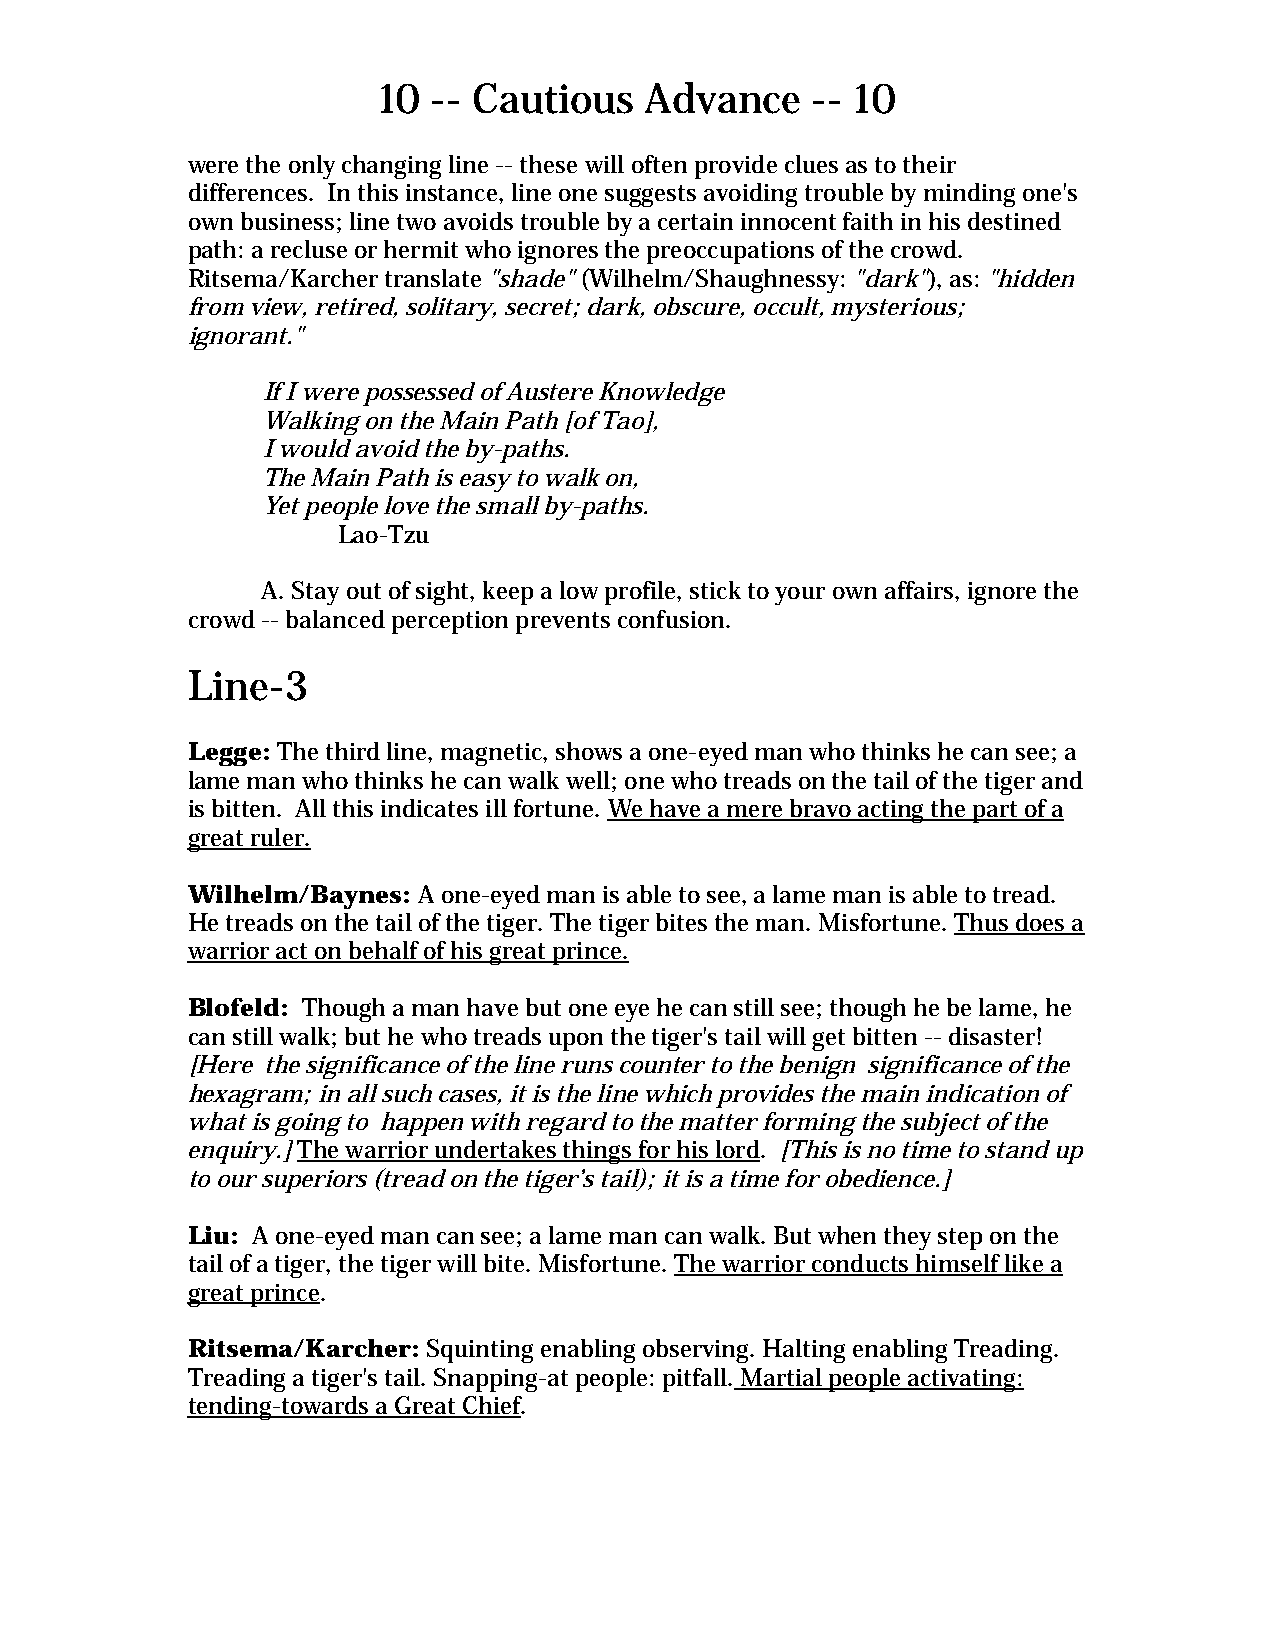
10  -- Cautious   Advance    -- 10
 were the only changing line -- these will often provide clues as to their
 differences. In this instance, line one suggests avoiding trouble by minding one's
 own business; line two avoids trouble by a certain innocent faith in his destined
 path: a recluse or hermit who ignores the preoccupations of the crowd.
 Ritsema/Karcher translate "shade" (Wilhelm/Shaughnessy: "dark"), as: "hidden
 from view, retired, solitary, secret; dark, obscure, occult, mysterious;
 ignorant."
 If I were possessed of Austere Knowledge
 Walking on the Main Path [of Tao],
 I would avoid the by-paths.
 The Main Path is easy to walk on,
 Yet people love the small by-paths.
 Lao-Tzu
 A. Stay out of sight, keep a low profile, stick to your own affairs, ignore the
 crowd -- balanced perception prevents confusion.
 Line-3
 Legge: The third line, magnetic, shows a one-eyed man who thinks he can see; a
 lame man who thinks he can walk well; one who treads on the tail of the tiger and
 is bitten. All this indicates ill fortune. We have a mere bravo acting the part of a
 great ruler.
 Wilhelm/Baynes: A one-eyed man is able to see, a lame man is able to tread.
 He treads on the tail of the tiger. The tiger bites the man. Misfortune. Thus does a
 warrior act on behalf of his great prince.
 Blofeld: Though a man have but one eye he can still see; though he be lame, he
 can still walk; but he who treads upon the tiger's tail will get bitten -- disaster!
 [Here the significance of the line runs counter to the benign significance of the
 hexagram; in all such cases, it is the line which provides the main indication of
 what is going to happen with regard to the matter forming the subject of the
 enquiry.] The warrior undertakes things for his lord. [This is no time to stand up
 to our superiors (tread on the tiger’s tail); it is a time for obedience.]
 Liu: A one-eyed man can see; a lame man can walk. But when they step on the
 tail of a tiger, the tiger will bite. Misfortune. The warrior conducts himself like a
 great prince.
 Ritsema/Karcher: Squinting enabling observing. Halting enabling Treading.
 Treading a tiger's tail. Snapping-at people: pitfall. Martial people activating:
 tending-towards a Great Chief.